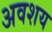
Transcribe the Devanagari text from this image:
अवशय